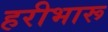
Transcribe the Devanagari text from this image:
हरीभारू